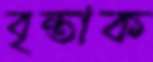
বৃন্তাক